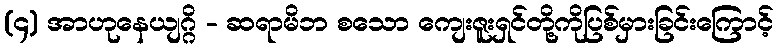
(၄) အာဟုနေယျဂ္ဂိ - ဆရာမိဘ စသော ကျေးဇူးရှင်တို့ကိုပြစ်မှားခြင်းကြောင့်